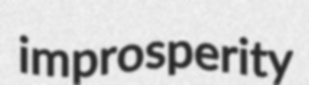
improsperity